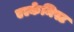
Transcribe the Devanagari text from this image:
एल्केमिस्ट